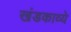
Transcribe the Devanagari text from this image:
खंडकाव्ये